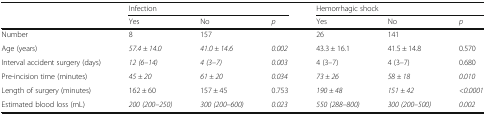
<table><thead><tr><td rowspan="2"></td><td colspan="3"><b>Infection</b></td><td colspan="3"><b>Hemorrhagic shock</b></td></tr><tr><td><b>Yes</b></td><td><b>No</b></td><td><b><i>p</i></b></td><td><b>Yes</b></td><td><b>No</b></td><td><b><i>p</i></b></td></tr></thead><tbody><tr><td>Number</td><td>8</td><td>157</td><td></td><td>26</td><td>141</td><td></td></tr><tr><td>Age (years)</td><td><i>57.4 ± 14.0</i></td><td><i>41.0 ± 14.6</i></td><td><i>0.002</i></td><td>43.3 ± 16.1</td><td>41.5 ± 14.8</td><td>0.570</td></tr><tr><td>Interval accident surgery (days)</td><td><i>12 (6–14)</i></td><td><i>4 (3–7)</i></td><td><i>0.003</i></td><td>4 (3–7)</td><td>4 (3–7)</td><td>0.680</td></tr><tr><td>Pre-incision time (minutes)</td><td><i>45 ± 20</i></td><td><i>61 ± 20</i></td><td><i>0.034</i></td><td><i>73 ± 26</i></td><td><i>58 ± 18</i></td><td><i>0.010</i></td></tr><tr><td>Length of surgery (minutes)</td><td>162 ± 60</td><td>157 ± 45</td><td>0.753</td><td><i>190 ± 48</i></td><td><i>151 ± 42</i></td><td><i>&lt;0.0001</i></td></tr><tr><td>Estimated blood loss (mL)</td><td><i>200 (200–250)</i></td><td><i>300 (200–600)</i></td><td><i>0.023</i></td><td><i>550 (288–800)</i></td><td><i>300 (200–500)</i></td><td><i>0.002</i></td></tr></tbody></table>